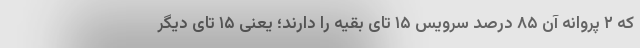
که ۲ پروانه آن ۸۵ درصد سرویس ۱۵ تای بقیه را دارند؛ یعنی ۱۵ تای دیگر